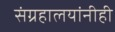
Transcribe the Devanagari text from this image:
संग्रहालयांनीही